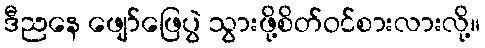
ဒီညနေ ဖျော်ဖြေပွဲ သွားဖို့စိတ်ဝင်စားလားလို့။